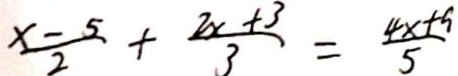
\frac { x - 5 } { 2 } + \frac { 2 x + 3 } { 3 } = \frac { 4 x + 9 } { 5 }